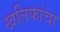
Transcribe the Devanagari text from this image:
खलिफांचा